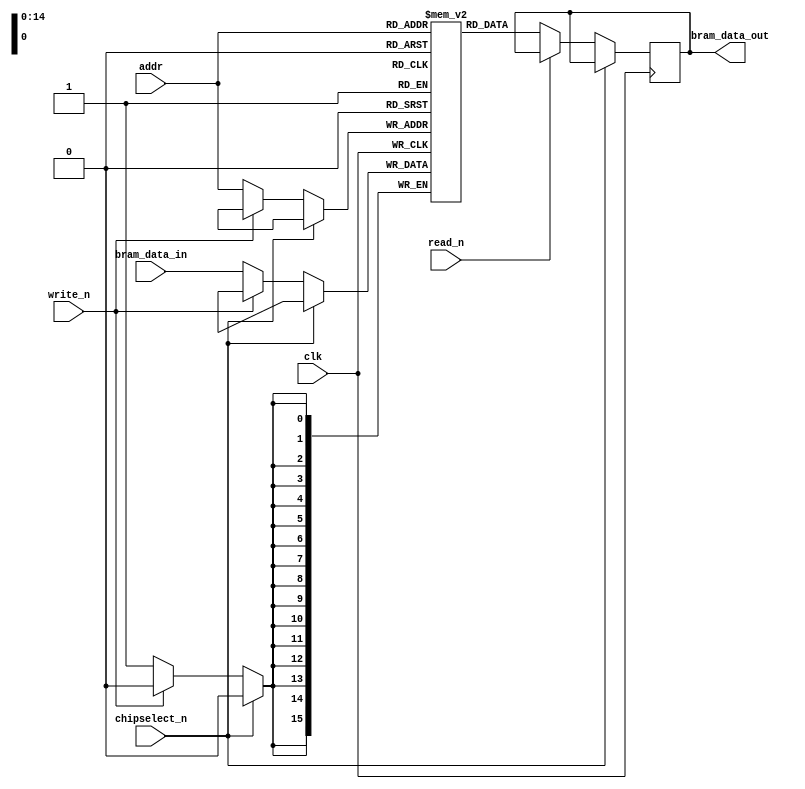
module bram
#(
    parameter BRAM_ADDR_WIDTH = 15,
    parameter BRAM_DATA_WIDTH = 16
) 
(
    input                            clk, 
    input      [BRAM_ADDR_WIDTH-1:0] addr, 
    input                            chipselect_n,
    input                            write_n, 
    input                            read_n,
    input      [BRAM_DATA_WIDTH-1:0] bram_data_in,
    output reg [BRAM_DATA_WIDTH-1:0] bram_data_out
);

    reg [BRAM_DATA_WIDTH-1:0] mem [(1<<BRAM_ADDR_WIDTH)-1:0];

    always @(posedge clk)
        if (chipselect_n == 1'b0) begin
            begin
                if (write_n == 1'b0) mem[(addr)] <= bram_data_in;
                if (read_n == 1'b0) bram_data_out <= mem[addr];
            end
        end
    endmodule